65_HS1-834228961_62-HQ-83894_Section_6
Agency: FBI
Page 141
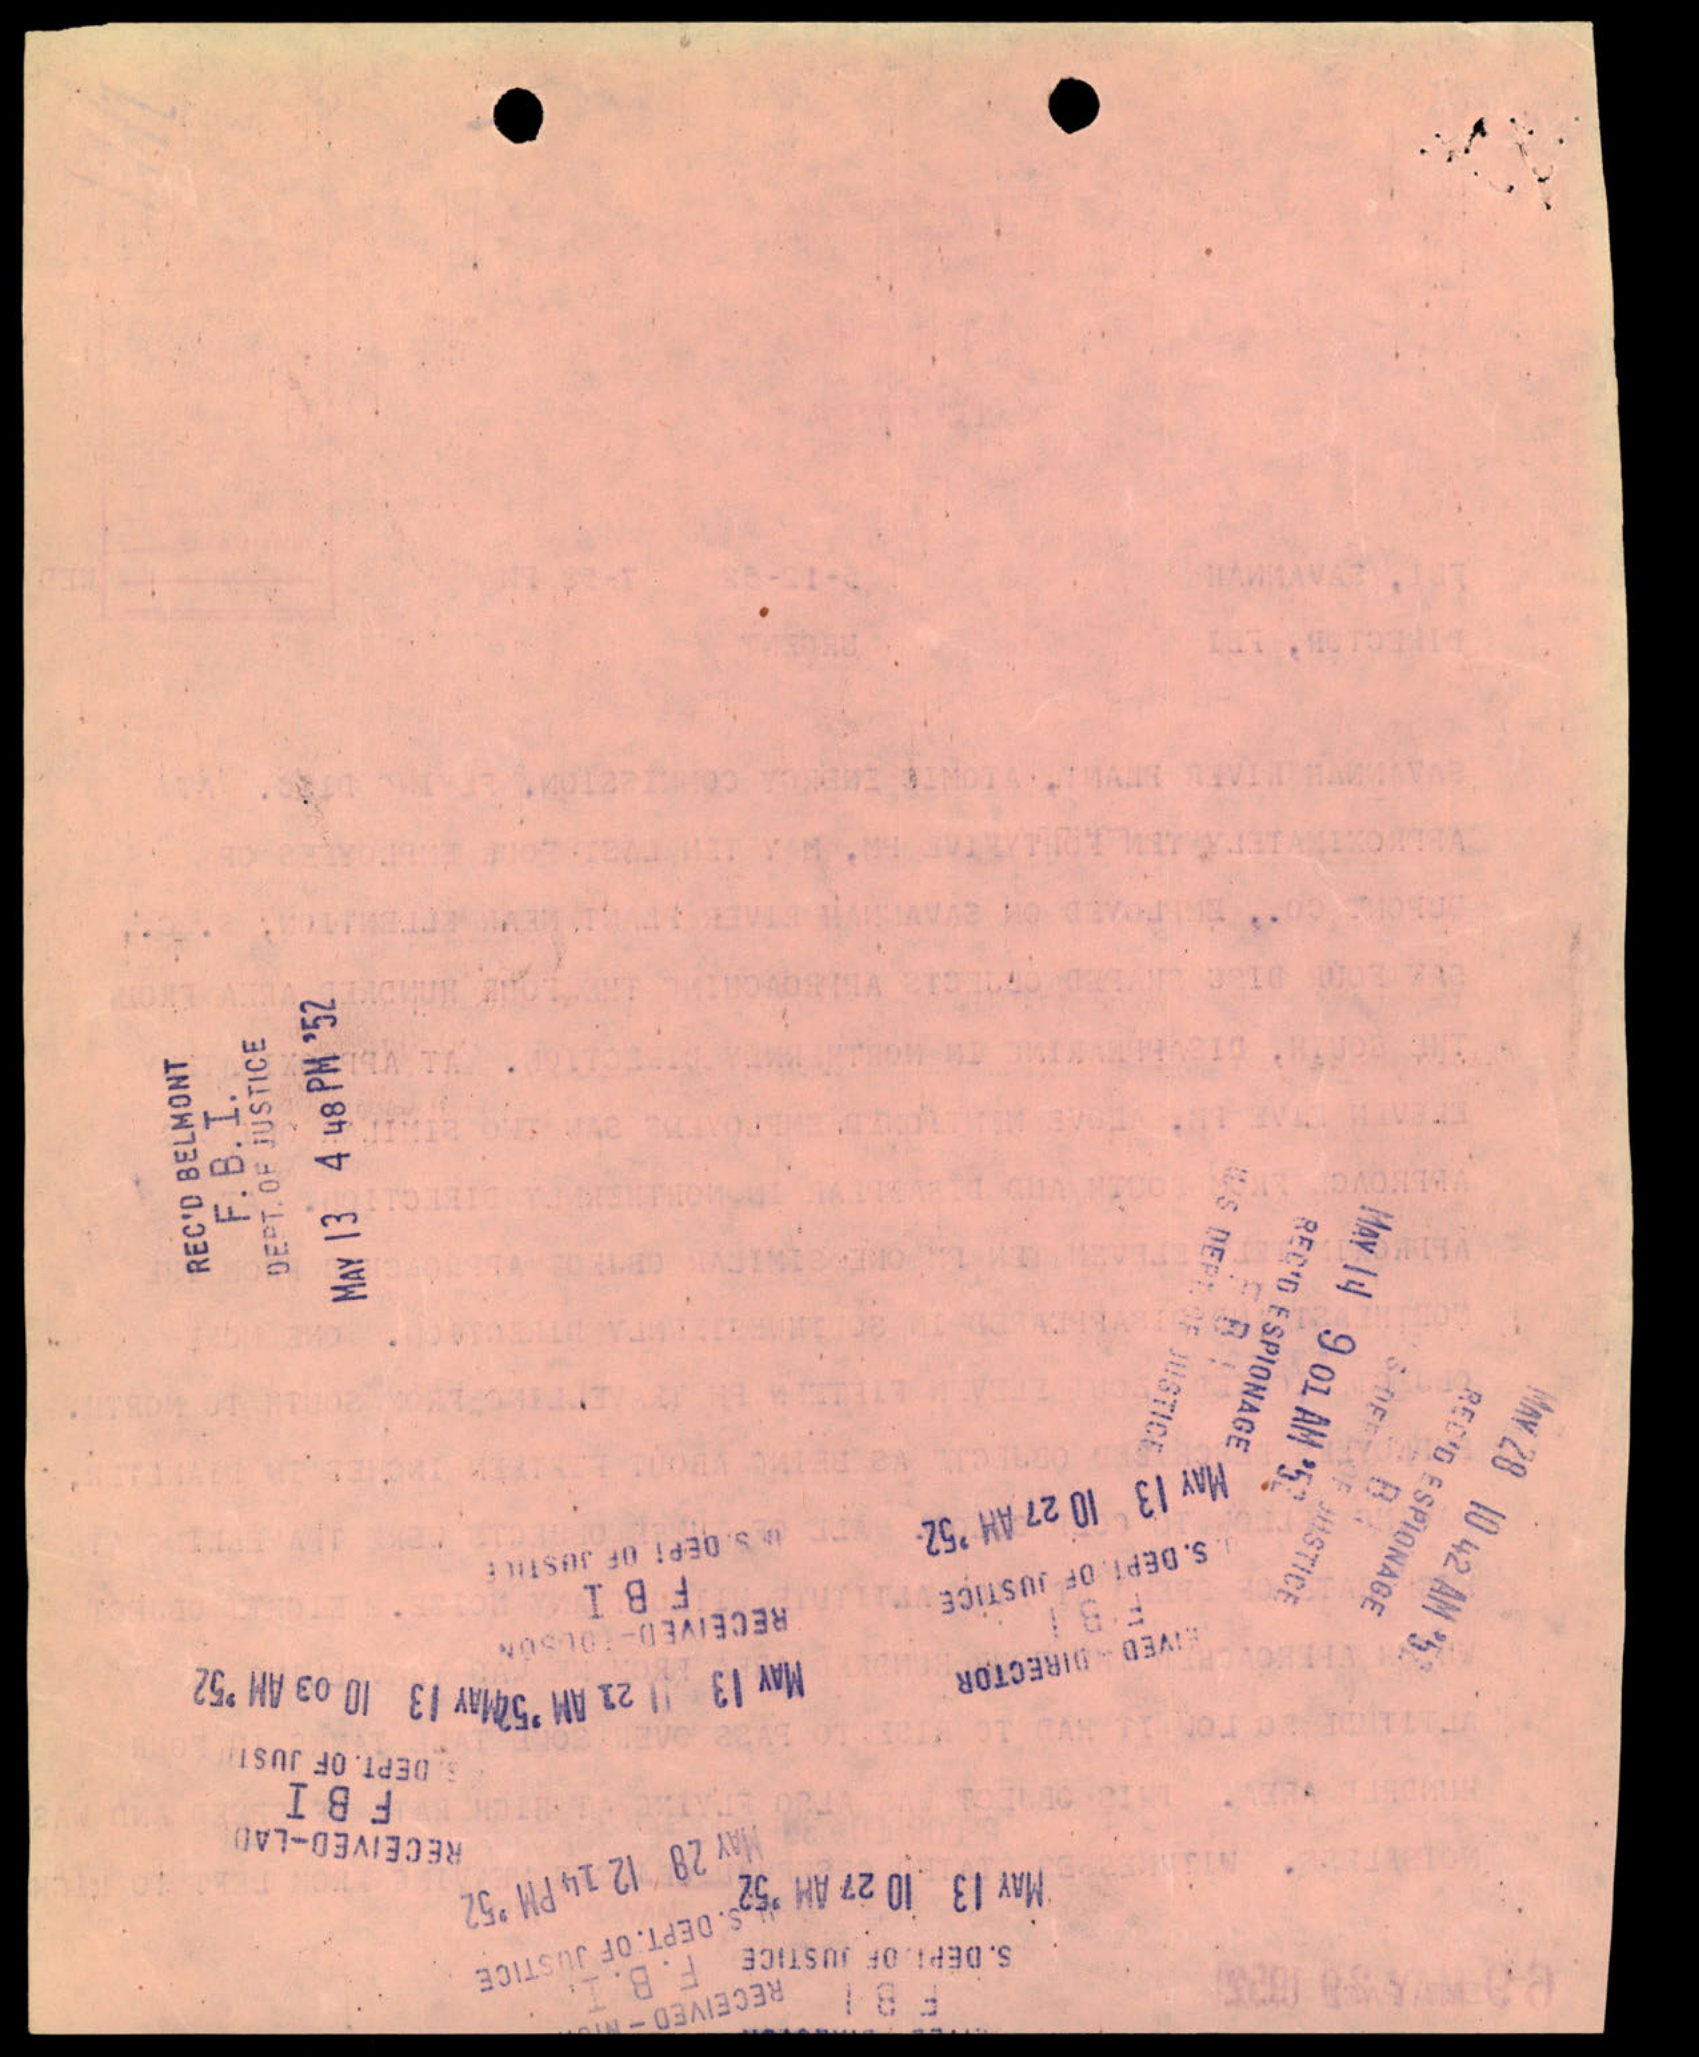